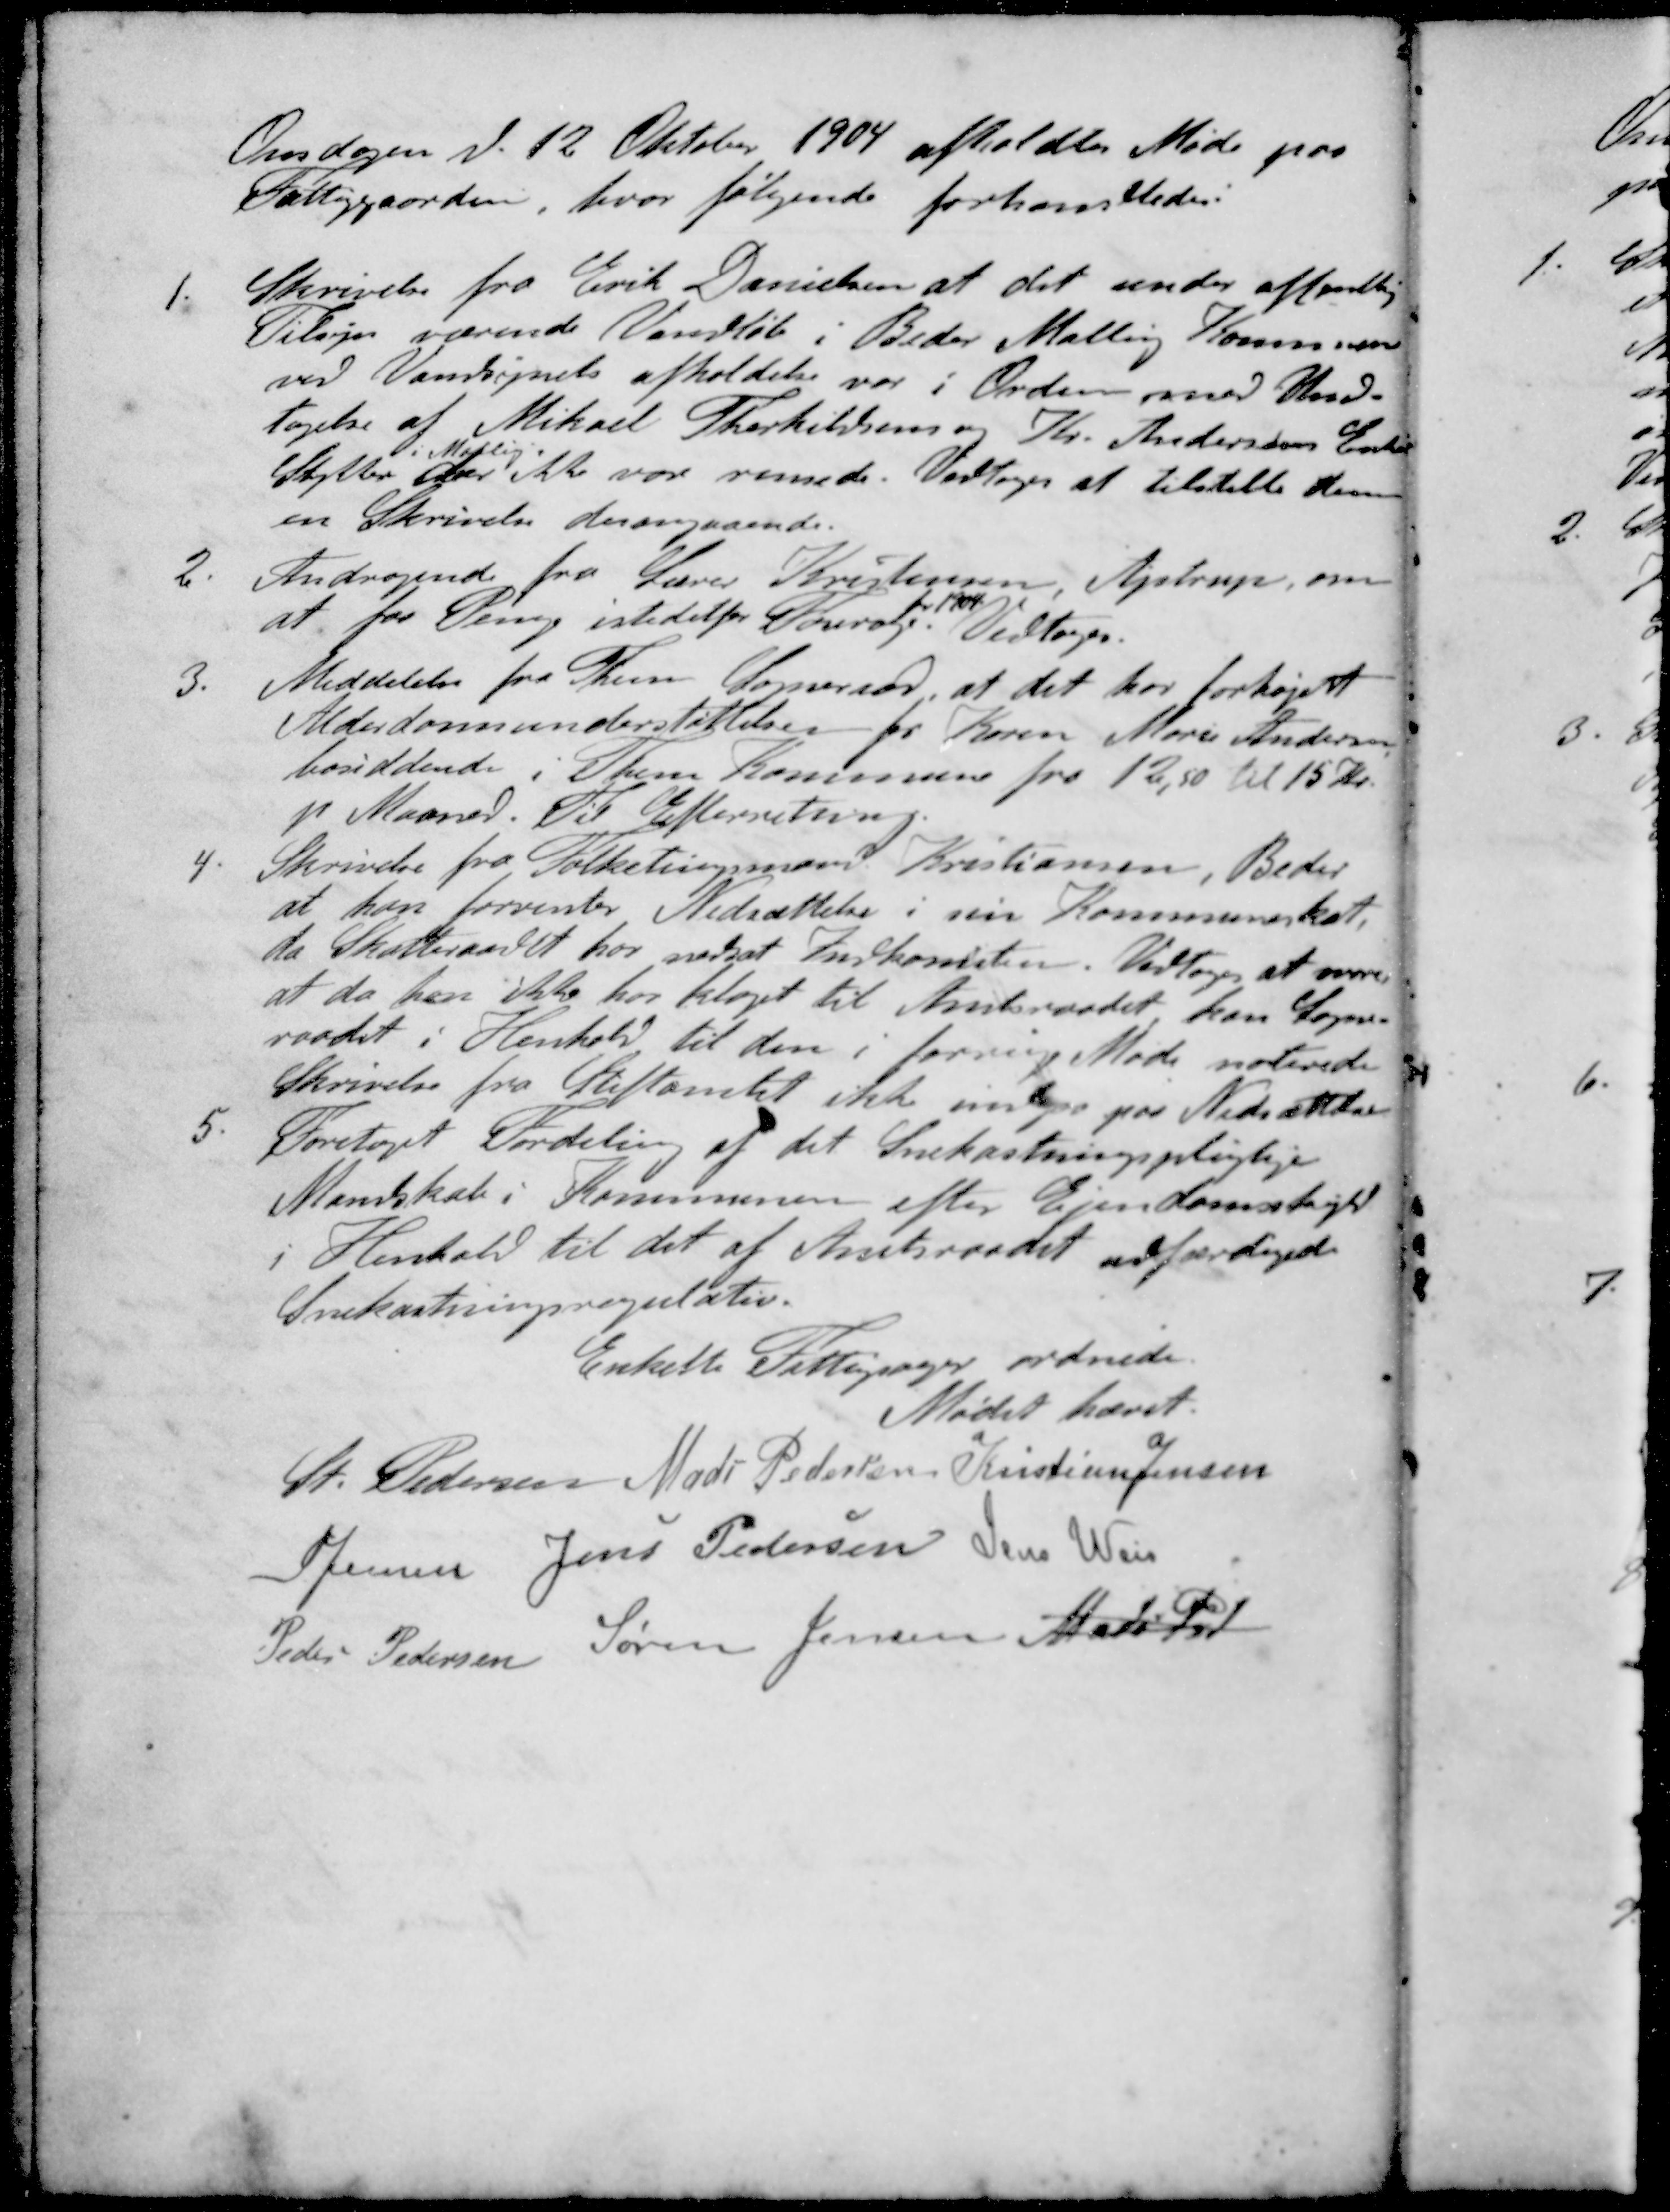
Transskription:
Onsdagen d. 12. Oktober 1904 afholdtes Møde paa
Fattiggaarden, hvor følgende forhandledes.
1. Skrivelse fra Erik Danielsen at det under offentlig
Tilsyn værende Vandløb i Beder Malling Kommune
ved Vandsynets afholdelse var i Orden med Und-
tagelse af Mikael Therkildsens og Kr. Andersens Enke
i Malling
Stytter der ikke vare rensede. Vedtoges at tilstille dem
en Skrivelse desangaaende.
2. Andragende fra Lærer Kristensen, Astrup, om
for 1904
at faa Penge istedetfor Fourage. Vedtoges.
3. Meddelelse fra Them Sogneraad at det har forhøjest
Alderdomsunderstøttelsen for Karen Marie Andersen
bosiddende i Them Kommune fra 12,50 til 15 Kr.
pre Maaned. Til Efterretning
4. Skrivelse fra Folketingsmand Kristiansen, Beder
at han forventer Nedsættelse i sin Kommuneskat,
da Skatteraadet har nedsat Indkomsten. Vedtoges at svare
at da han ikke har klaget til Amtsraadet kan Sogne-
raadet i Henhold til den i forrige Møde noterede
Skrivelse fra Stiftamtet ikke indgaa paa Nedsættelse
5. Foretaget Fordeling af det Snekastningspligtige
Mandskab i Kommunen efter Ejendomsskyld
i Henhold til det af Amtsraadet udfærdigede
Snekastningsregulativ.
Enkelte Fattigsager ordnede
Mødet hævet.
St Pedersen
Mads Pedersen
Kristian Jensen
S Jensen
Jens Pedersen
Jens Weis
Peder Pedersen
Søren Jensen
Mads Ped